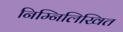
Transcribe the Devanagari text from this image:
निम्‍निलिखित